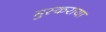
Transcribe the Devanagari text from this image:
मुस्कराया